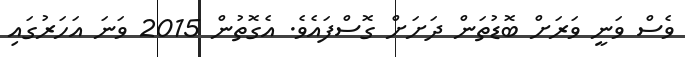
ވެސް ވަނީ ވަރަށް ބޮޑުތަން ދަށަށް ގޮސްފައެވެ. އެގޮތުން 2015 ވަނަ އަހަރުގައި